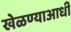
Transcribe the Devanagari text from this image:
खेळण्याआधी